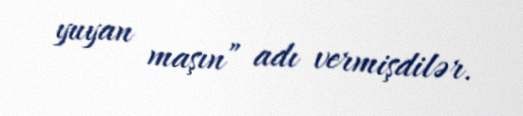
yuyan maşın” adı vermişdilər.